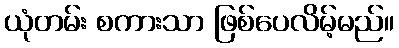
ယုံတမ်း စကားသာ ဖြစ်ပေလိမ့်မည်။